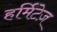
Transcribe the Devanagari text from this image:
हर्मिटेज़